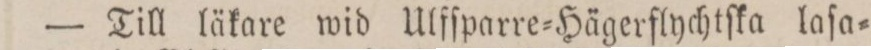
— Till läkare wid Ulfſparre=Hägerflychtſka laſa=